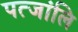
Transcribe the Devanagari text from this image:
पत्जांलि